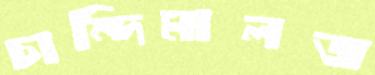
চান্দিমালজ